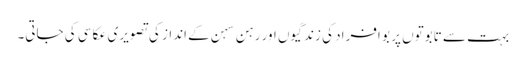
بہت سے تابوتوں پر بو افراد کی زندگیوں اور رہن سہن کے انداز کی تصویری عکاسی کی جاتی۔